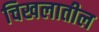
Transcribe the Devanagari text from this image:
चिखलातील